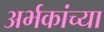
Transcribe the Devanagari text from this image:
अर्भकांच्या